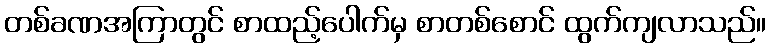
တစ်ခဏအကြာတွင် စာထည့်ပေါက်မှ စာတစ်စောင် ထွက်ကျလာသည်။